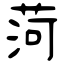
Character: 菏